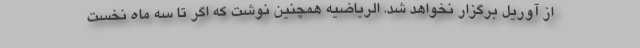
از آوریل برگزار نخواهد شد. الریاضیه همچنین نوشت که اگر تا سه ماه نخست